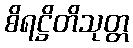
စိရဋ္ဌိတိသုတ္တ